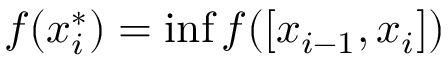
f ( x _ { i } ^ { * } ) = \operatorname* { i n f } f ( [ x _ { i - 1 } , x _ { i } ] )